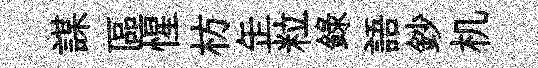
謀區惺枋𦈢粒錄語鈔机